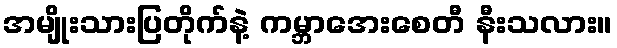
အမျိုးသားပြတိုက်နဲ့ ကမ္ဘာအေးစေတီ နီးသလား။